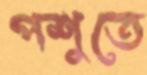
পশুতে